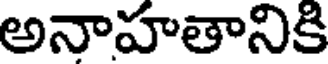
అనాహతానికి